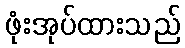
ဖုံးအုပ်ထားသည်